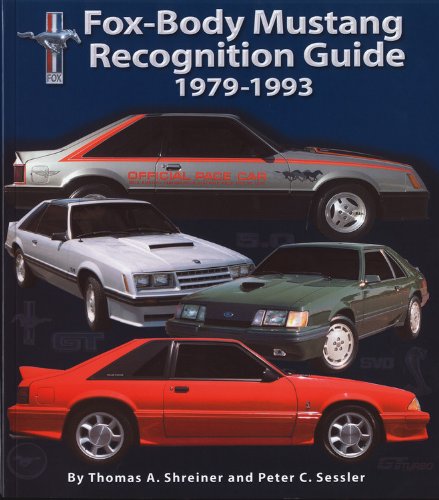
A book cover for Fox-Body Mustang Recognition Guide 1979-1993; Peter C. Sessler; Engineering & Transportation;